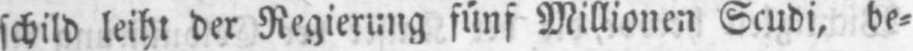
schild leiht der Regierung fünf Millionen Scudi, be⸗